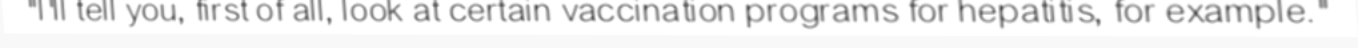
"I'll tell you, first of all, look at certain vaccination programs for hepatitis, for example."